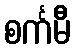
စင်္ကမီ